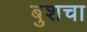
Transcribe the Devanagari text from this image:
बुशचा